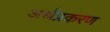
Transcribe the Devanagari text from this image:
अर्थप्रकरण